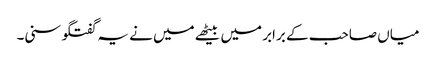
میاں صاحب کے برابر میں بیٹھے میں نے یہ گفتگو سنی۔